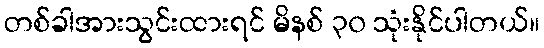
တစ်ခါအားသွင်းထားရင် မိနစ် ၃၀ သုံးနိုင်ပါတယ်။